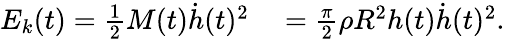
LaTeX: \begin{array}{rl}{E_{k}(t)=\frac{1}{2}M(t)\dot{h}(t)^{2}}&{{}=\frac{\pi}{2}\rho R^{2}h(t)\dot{h}(t)^{2}.}\end{array}